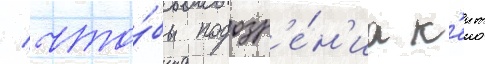
/ что́бы подозр'е́н'иа к'еит